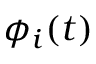
\phi _ { i } ( t )